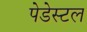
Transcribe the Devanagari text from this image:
पेडेस्टल